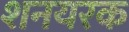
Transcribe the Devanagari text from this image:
शनयरक